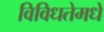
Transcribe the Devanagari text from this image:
विविधतेमधे